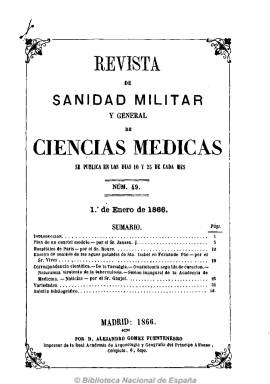
Título: Revista de sanidad militar y general de ciencias médicas
Colección: Medicina militar
Ámbito geográfico: Madrid
Lugar de publicación: Madrid
Fechas: 10/01/1866-25/12/1866

Es continuación de Revista de sanidad militar y extranjera (1864-1865) que, en su tercer año y tomo, llega a subtitularse ya como “periódico oficial del Cuerpo de Sanidad Militar”. Su director sigue siendo el director del citado cuerpo, José María Santucho y Marengo (1807-1833), y su editor responsable es ahora el redactor Cesáreo Fernández Losada (1837-), y a la misma se suman como redactores Juan Antonio Bernad y Tabuenca y Bonifacio Montejo y Robledo. Da cuenta de sus colaboradores y corresponsales, tanto en España como en el extranjero. Sigue siendo quincenal, aunque ahora aparece los días 10 y 25 de cada mes, en números de entre 32 y 40 páginas. Al final del tomo contiene un índice anual. Será continuada por el título Revista general de ciencias médicas y de sanidad militar (1867).